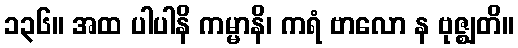
၁၃၆။ အထ ပါပါနိ ကမ္မာနိ၊ ကရံ ဗာလော န ဗုဇ္ဈတိ။